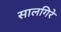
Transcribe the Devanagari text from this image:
सालगिरे